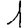
Digit: 1